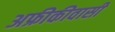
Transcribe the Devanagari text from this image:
अफ्रीकीवासी